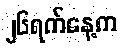
၂၆ရက်နေ့က